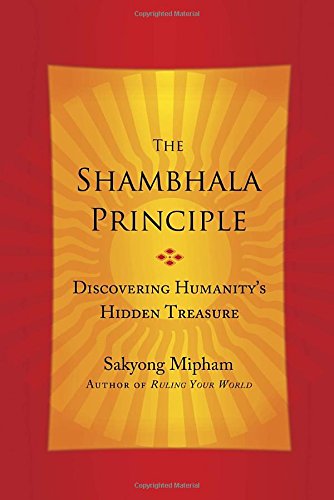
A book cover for The Shambhala Principle: Discovering Humanity's Hidden Treasure; Sakyong Mipham; Religion & Spirituality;